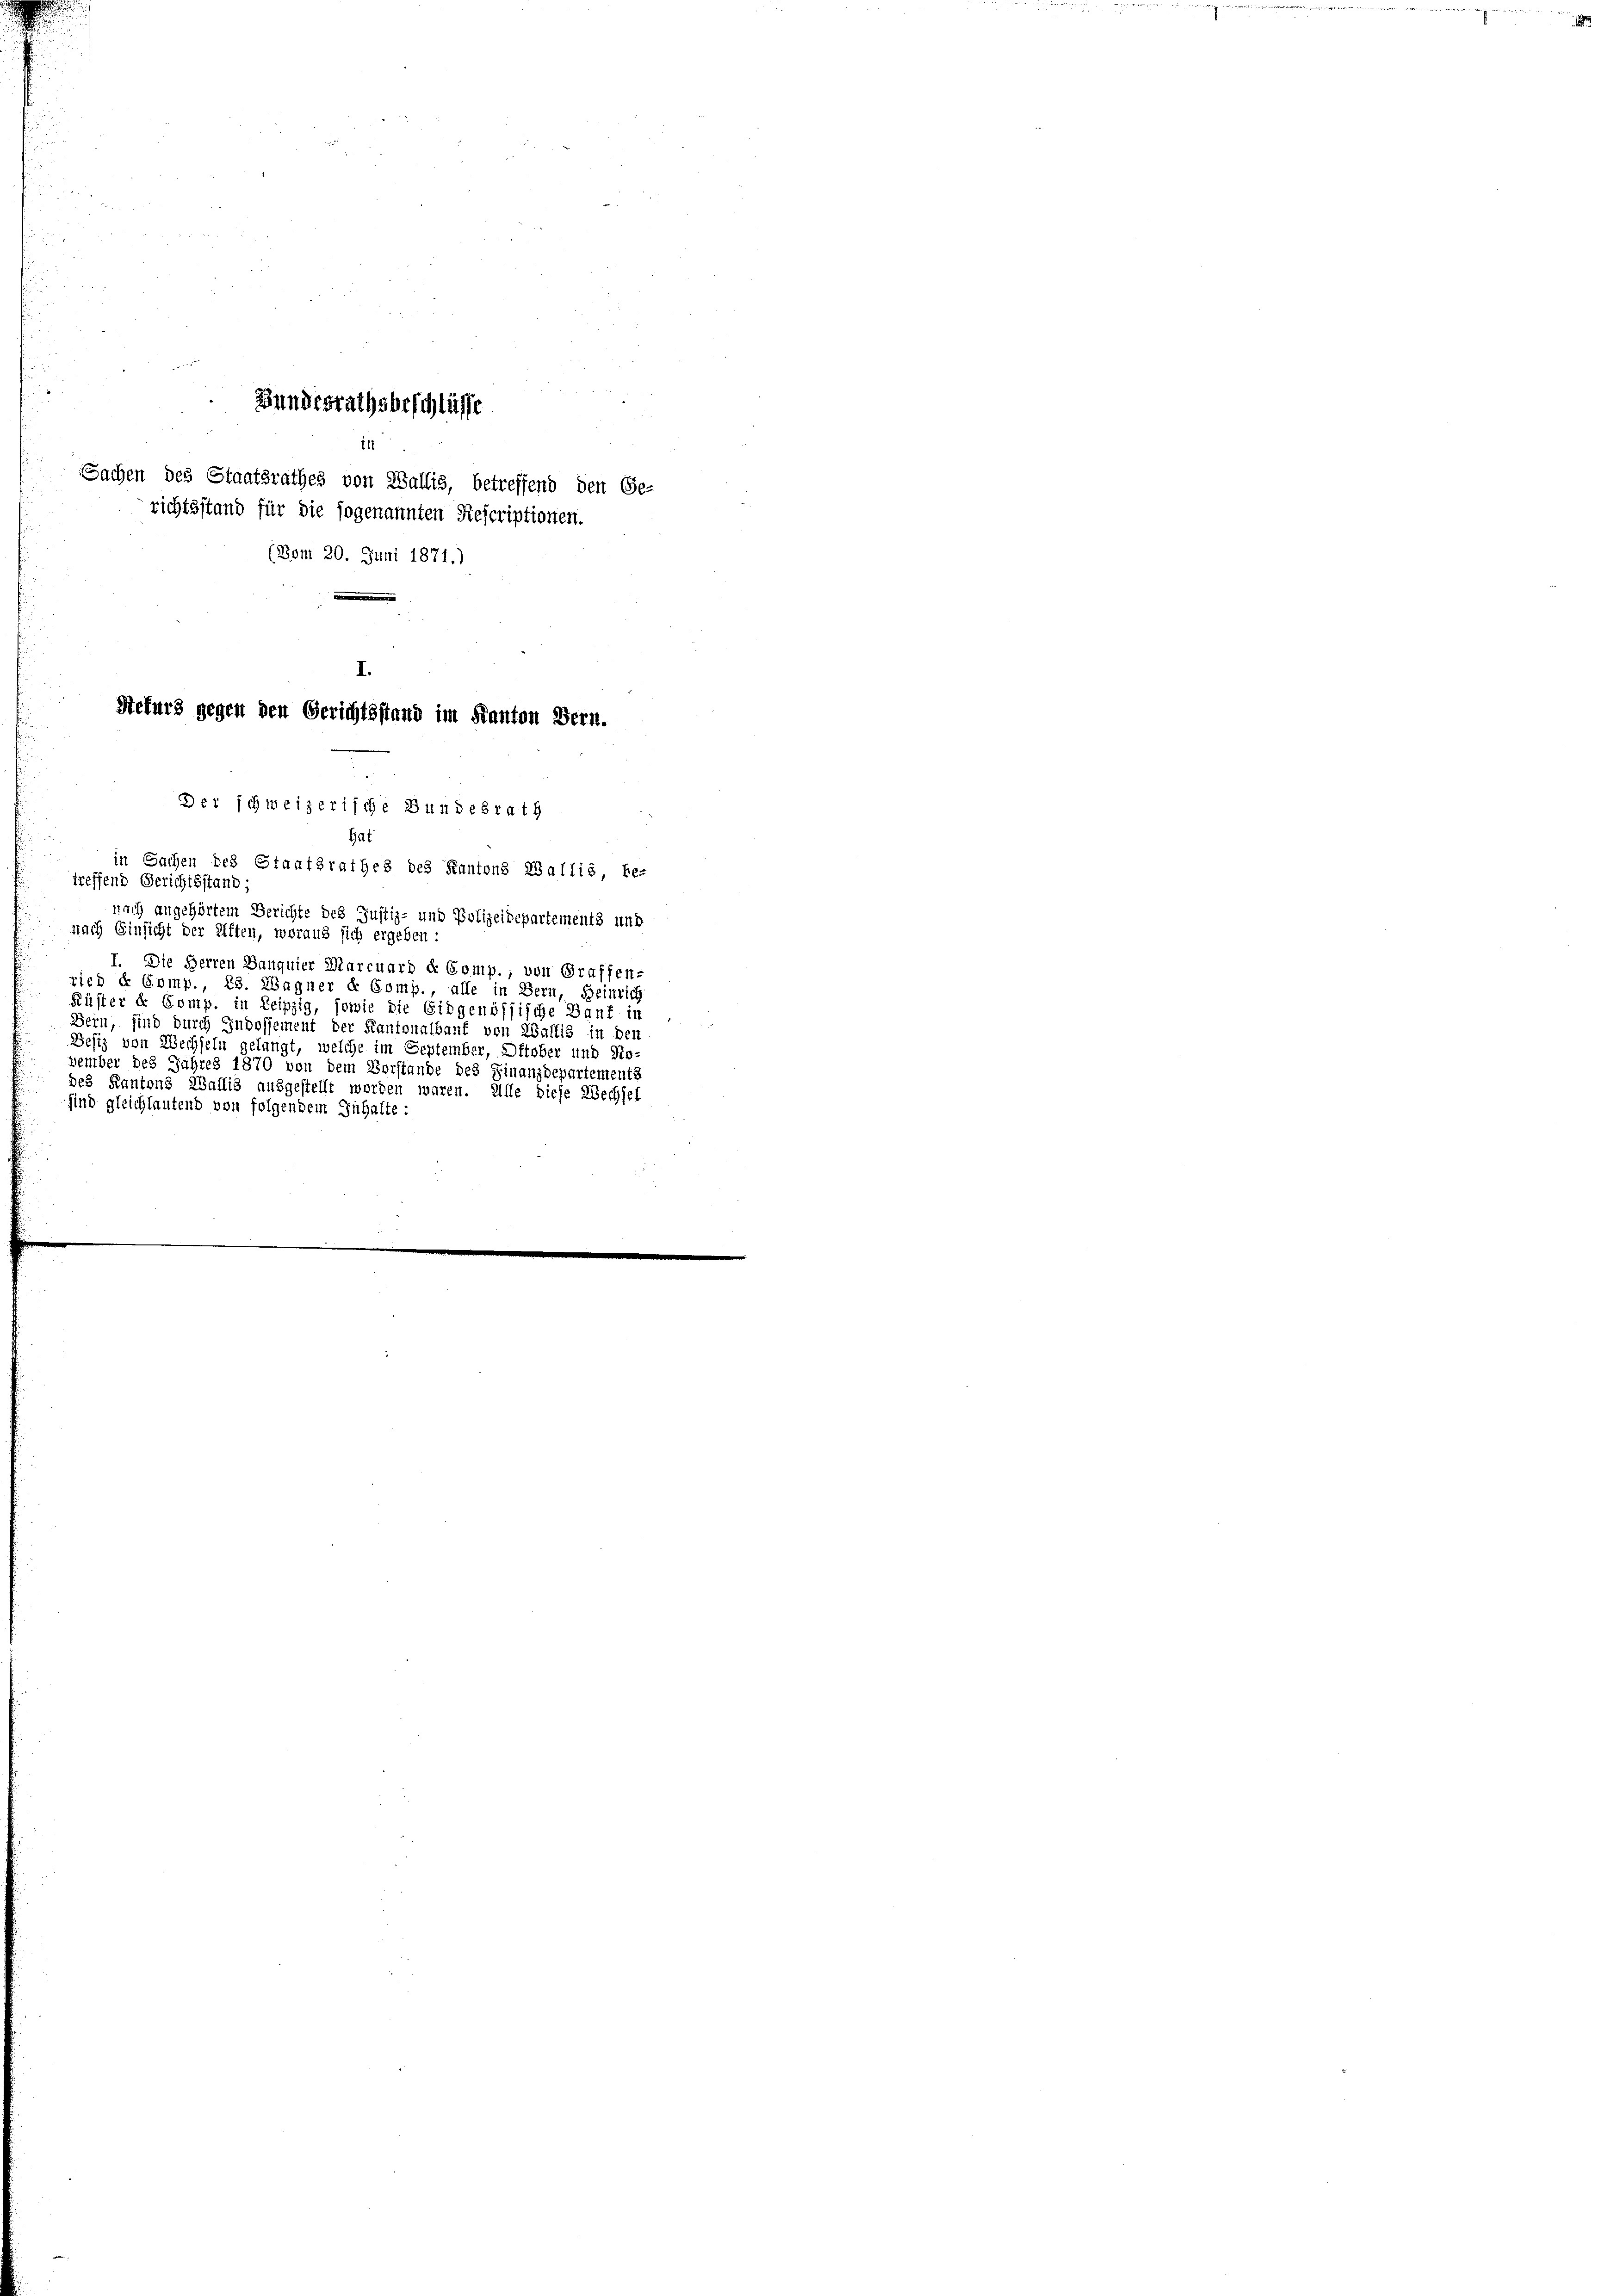
r
1
Bundesrathsbeschlüsse
11
Sachen des Staatsrathes von Wallis, betreffend den Ge-
richtsstand für die sogenannten Rescriptionen.
(Bom 20. Juni 1871.)
.

I.
Refurs gegen den Gerichtsstand im Kanton Bern.

Der schweizerische Bundesrath

Hat
in Sachen des Staatsrathes des Kantons Wallis, be-
treffend Gerichtsstand;
nach angehörtem Berichte des Justiz- und Polizeidepartements und
nach Einsicht der Kiften, woraus sich ergeben:
I. Die Herren Banquier Marcuard d. Comp., von Graffen-
ried d Comp., 28. Wagner & Comp., alle in Bern, Heinrich
Rüster de Comp. in Leipzig, sowie die Eidgenössische Bauf in
Bern, sind durch Indossement der Kantonalbauf von Wallis in den
Desiz von Wechseln gelangt, welche im September, Oftober und Ro-
vember des Jahres 1870 von dem Vorstande des Finanzdepartements
des Kantons Wallis ausgestellt worden waren. Alle diese Wechsel
sind gleichlautend von folgendem Inhalte: